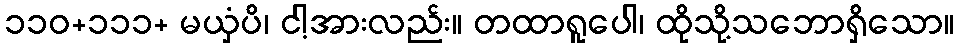
၁၁၀+၁၁၁+ မယှံပိ၊ ငါ့အားလည်း။ တထာရူပေါ၊ ထိုသို့သဘောရှိသော။